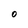
Character: O